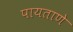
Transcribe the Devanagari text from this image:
पायताणे